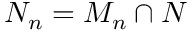
N _ { n } = M _ { n } \cap N